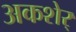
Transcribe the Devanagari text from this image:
अकशेर्